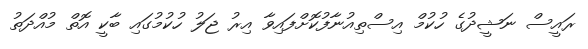
ރައީސް ނަޝީދުގެ ހުކުމް އިސްތިއުނާފުކޮށްފައިވާ އިރު ޖަލު ހުކުމުގައި ބާކީ އޮތް މުއްދަތު